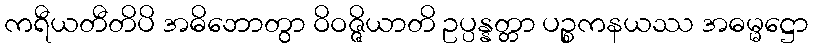
ကရီယတီတိပိ အဓိဘောတွာ ဝိဝဇ္ဇိယာတိ ဥပ္ပန္နတ္တာ ပဉ္စကနယဿ အဓမ္မဋ္ဌော